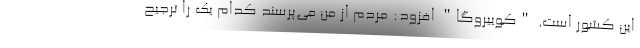
این کشور است. "کوییروگا" افزود: مردم از من می‌پرسند کدام‌ یک را ترجیح